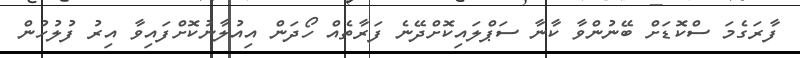
ފާރަގެމަ ސްކޮޑަށް ބޭނުންވާ ކާނާ ސަޕްލައިކޮށްދޭނެ ފަރާތެއް ހޯދަން އިއުލާނުކޮށްފައިވާ އިރު ފުލުހުން